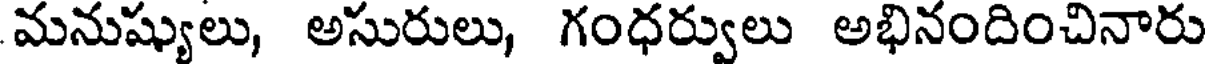
మనుష్యులు, అసురులు, గంధర్వులు అభినందించినారు